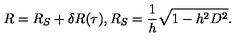
R = R _ { S } + \delta R ( \tau ) , R _ { S } = \frac { 1 } { h } \sqrt { 1 - h ^ { 2 } D ^ { 2 } } .